Civil Veterinary Department Bihar reports 1936-40 - 1936-1940
Year: 1936
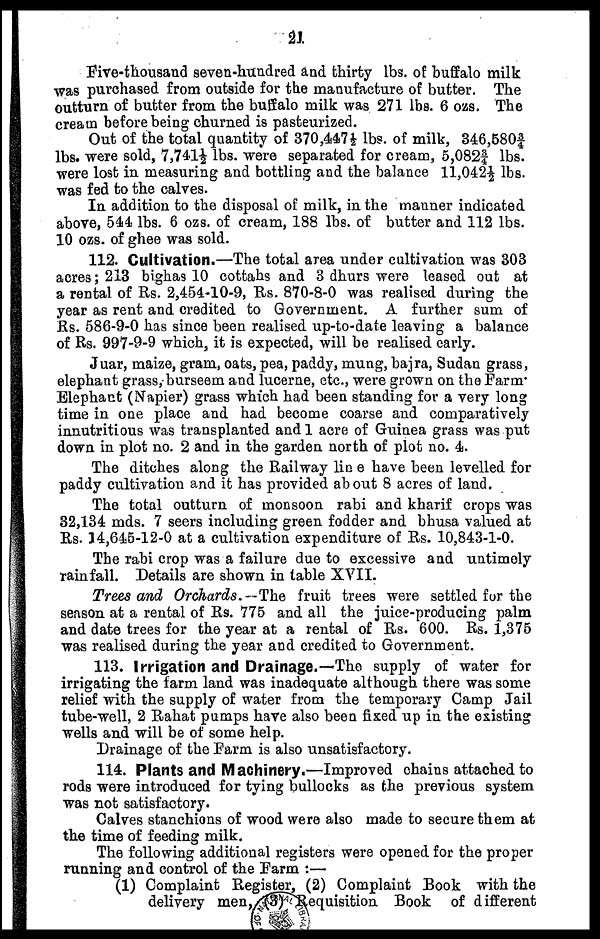
21
Five-thousand seven-hundred and thirty lbs. of buffalo milk
was purchased from outside for the manufacture of butter. The
outturn of butter from the buffalo milk was 271 lbs. 6 ozs. The
cream before being churned is pasteurized.
Out of the total quantity of 370,447½ lbs. of milk, 346,580f
lbs. were sold, 7,741½ lbs. were separated for cream, 5,082f lbs.
were lost in measuring and bottling and the balance 11,042½ lbs.
was fed to the calves.
In addition to the disposal of milk, in the manner indicated
above, 544 lbs. 6 ozs. of cream, 188 lbs. of butter and 112 lbs.
10 ozs. of ghee was sold.
112. Cultivation.—The total area under cultivation was 303
acres; 213 bighas 10 cottahs and 3 dhurs were leased out at
a rental of Rs. 2,454-10-9, Rs. 870-8-0 was realised during the
year as rent and credited, to Government. A further sum of
Rs. 586-9-0 has since been realised up-to-date leaving a balance
of Rs. 997-9-9 which, it is expected, will be realised early.
Juar, maize, gram, oats, pea, paddy, mung, bajra, Sudan grass,
elephant grass, burseem and lucerne, etc., were grown on the Farm
Elephant (Napier) grass which had been standing for a very long
time in one place and had become coarse and comparatively
innutritious was transplanted and 1 acre of Guinea grass was put
down in plot no. 2 and in the garden north of plot no. 4.
The ditches along the Railway line have been levelled for
paddy cultivation and it has provided about 8 acres of land.
The total outturn of monsoon rabi and kharif crops was
32,134 mds. 7 seers including green fodder and bhusa valued at
Rs. 34,645-12-0 at a cultivation expenditure of Rs. 10,843-1-0.
The rabi crop was a failure due to excessive and untimely
rainfall. Details are shown in table XVII.
Trees and Orchards.—The fruit trees were settled for the
season at a rental of Rs. 775 and all the juice-producing palm
and date trees for the year at a rental of Rs. 600. Rs. 1,375
was realised during the year and credited to Government.
113. Irrigation and Drainage.—The supply of water for
irrigating the farm land was inadequate although there was some
relief with the supply of water from the temporary Camp Jail
tube-well, 2 Rahat pumps have also been fixed up in the existing
wells and will be of some help.
Drainage of the Farm is also unsatisfactory.
114. Plants and Machinery.—Improved chains attached to
rods were introduced for tying bullocks as the previous system
was not satisfactory.
Calves stanchions of wood were also made to secure them at
the time of feeding milk.
The following additional registers were opened for the proper
running and control of the Farm :—
(1) Complaint Register, (2) Complaint Book with the
delivery men.
Requisition
Book of different